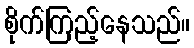
စိုက်ကြည့်နေသည်။